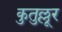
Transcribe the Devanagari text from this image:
कुतुल्लूर